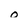
Character: o